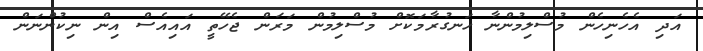
އަދި އެހެނިހެން މުސްލިމުންނާ ހަނގުރާމަކޮށް މުސްލިމުން މަރަން ޖެހޭތީ އައިއެސް އިން ނިކުންނަން